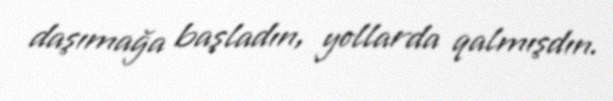
daşımağa başladın, yollarda qalmışdın.